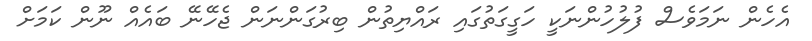
އެހެން ނަމަވެސް ފުލުހުންނަކީ ހަގީގަތުގައި ރައްޔިތުން ބިރުގަންނަން ޖެހޭނޭ ބައެއް ނޫން ކަމަށް